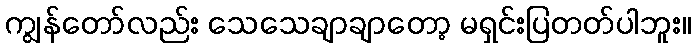
ကျွန်တော်လည်း သေသေချာချာတော့ မရှင်းပြတတ်ပါဘူး။